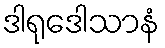
ဒါရုဒေါသာနံ